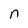
Character: n